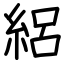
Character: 絽